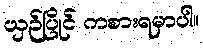
ယှဉ်ပြိုင် ကစားရမှာပါ။